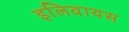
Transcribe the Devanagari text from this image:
इलिवायस